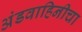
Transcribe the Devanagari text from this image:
अंडवाहिनीचा